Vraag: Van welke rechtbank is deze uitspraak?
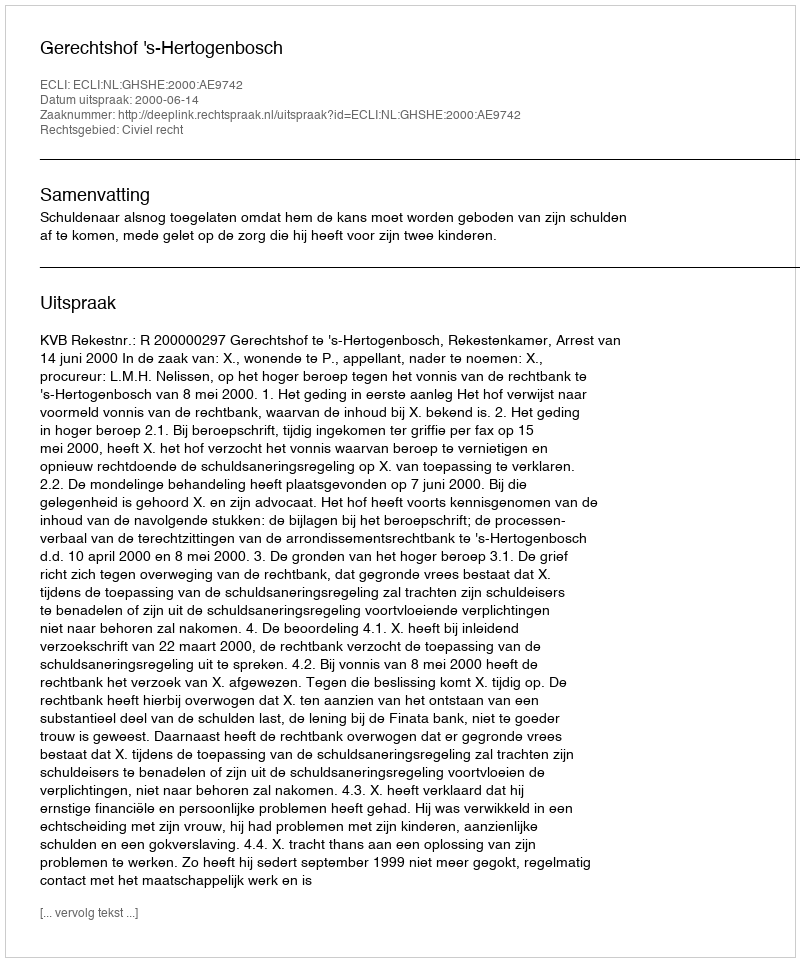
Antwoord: Gerechtshof 's-Hertogenbosch